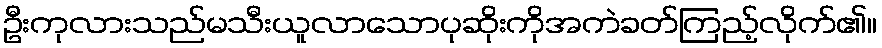
ဦးကုလားသည်မသီးယူလာသောပုဆိုးကိုအကဲခတ်ကြည့်လိုက်၏။